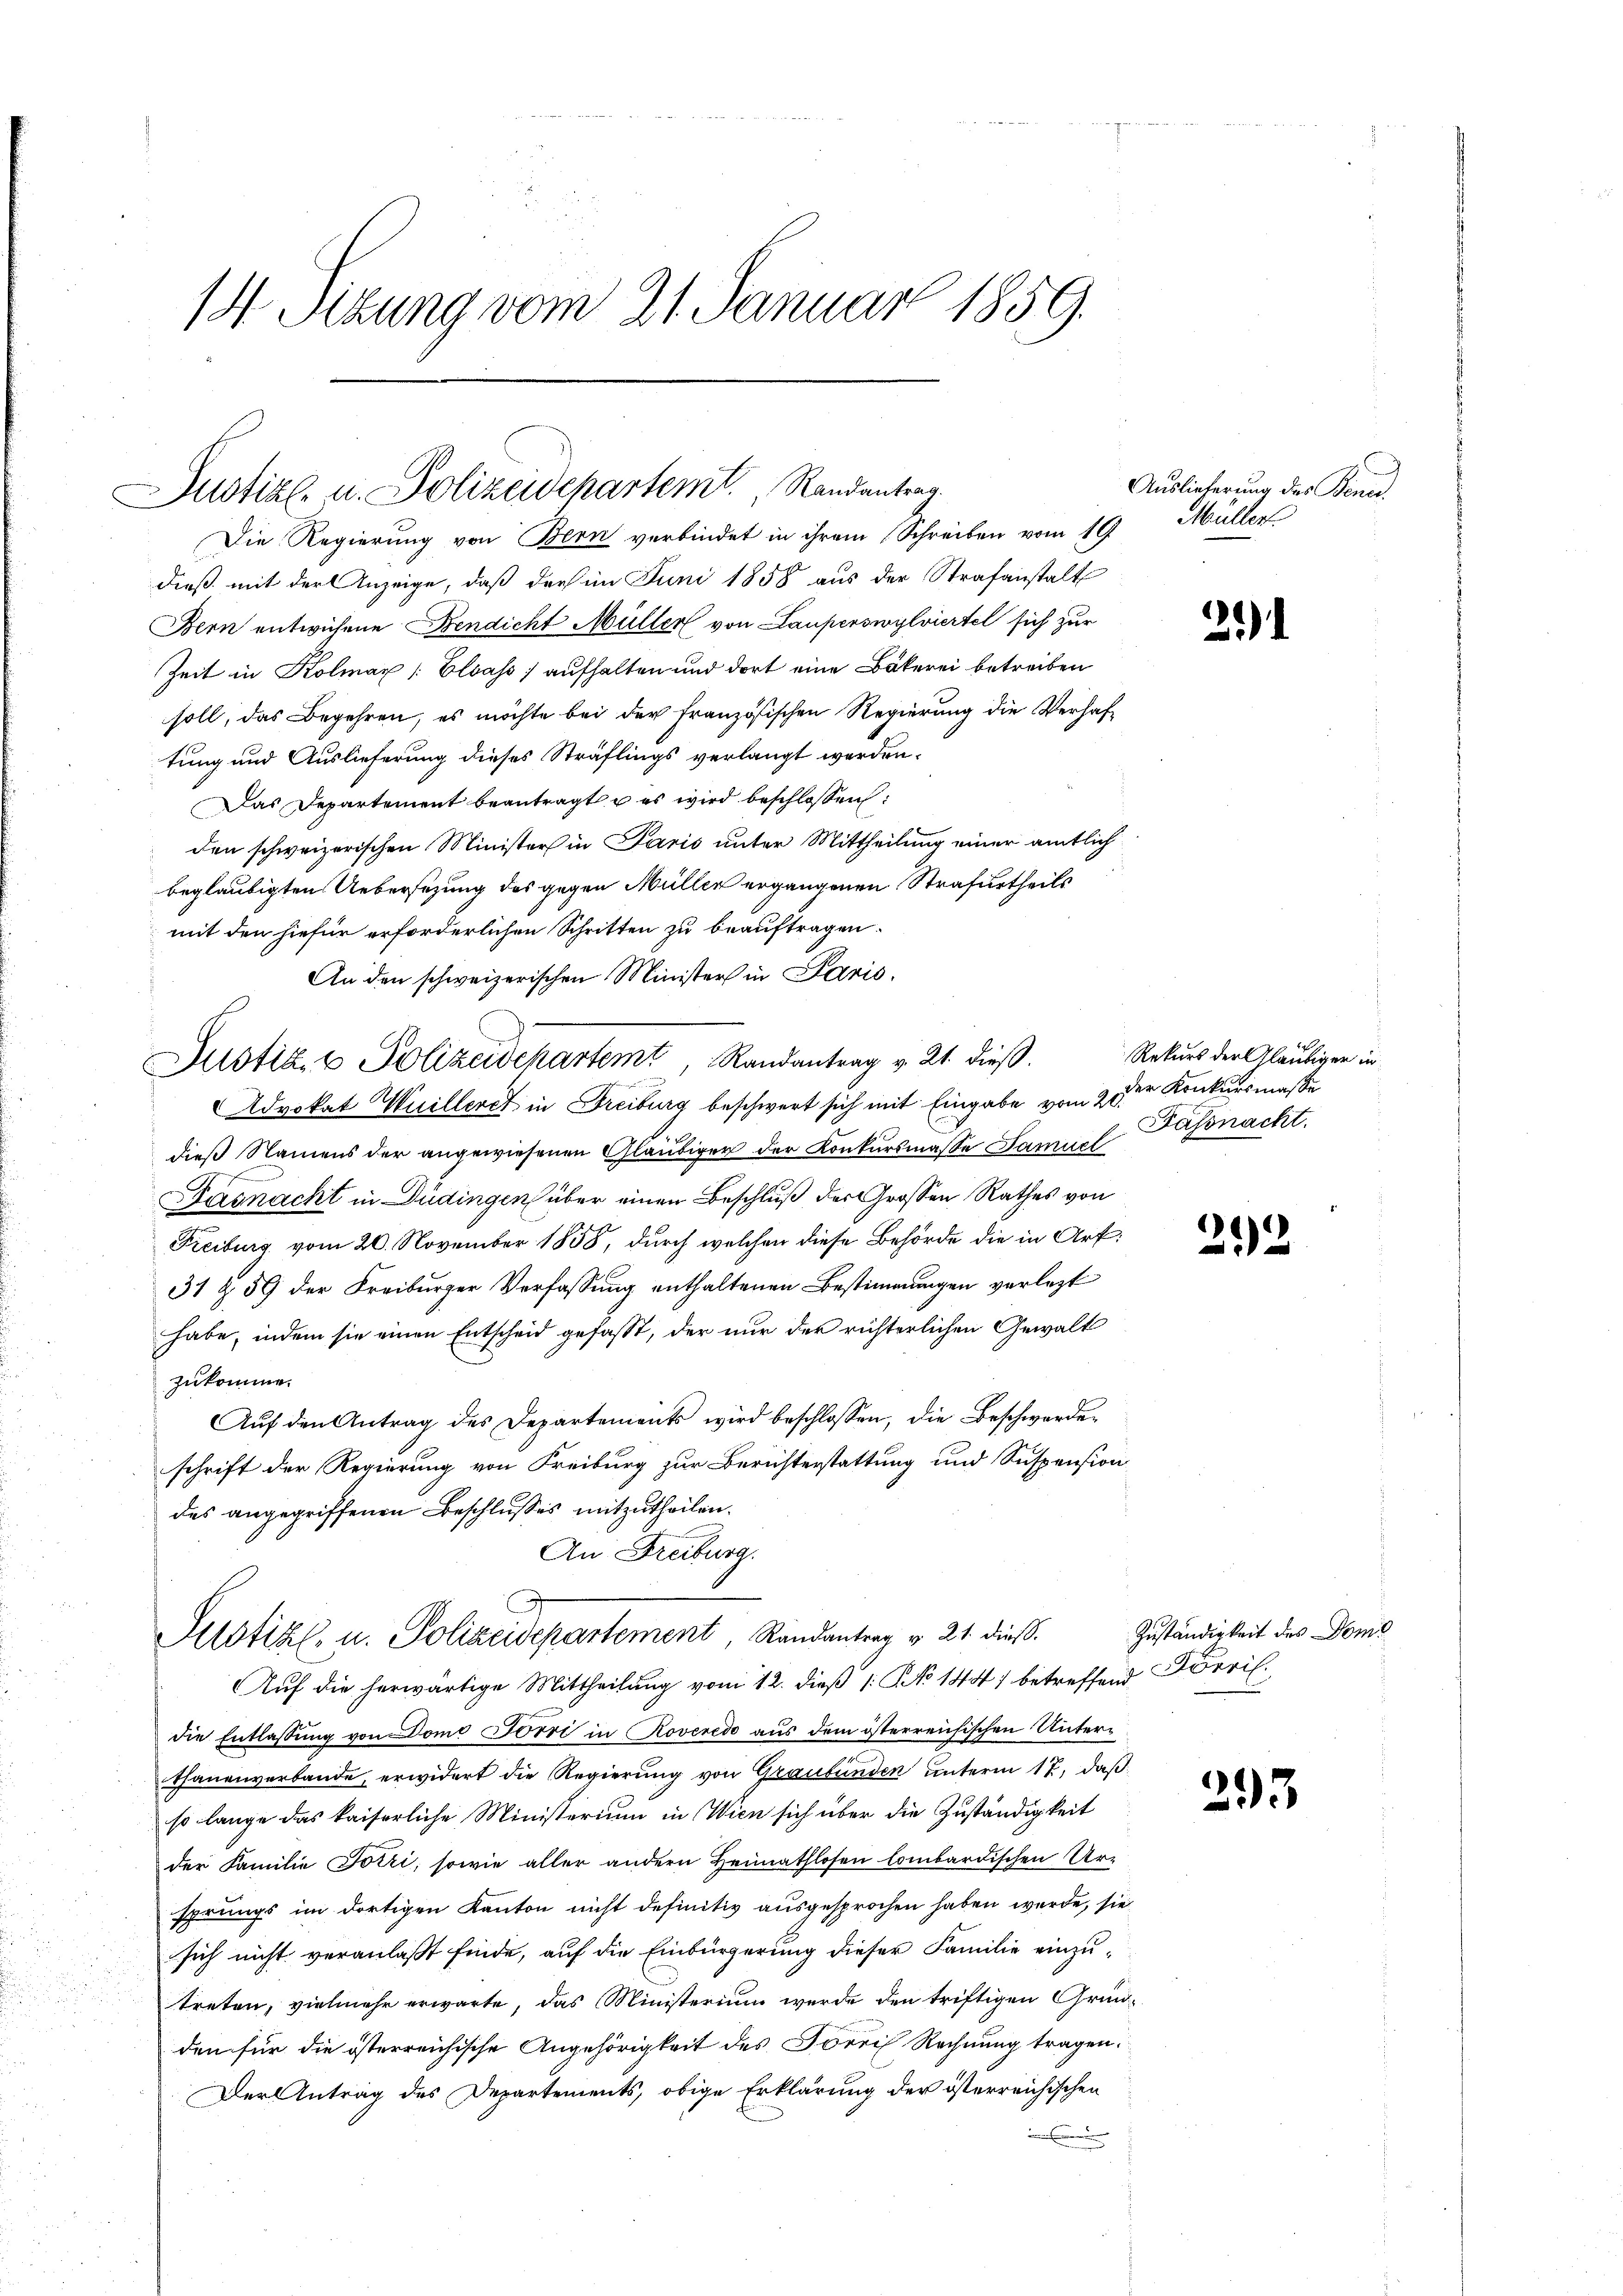
14 Sizung vom 21. Januar 1859.

Justiz- u. Polizeidchartem Randantrag.
Die Regierung von Bern verbindet in ihrem Schreiben vom 19 Müller

dieß mit der Anzeige, daß die im Juni 1858 aus der Strafanstalt
Bern entwichene Bendicht Müller von Lauperswylviertel sich zur
Zeit in Kolmar (: Elsass aufhalten und dort eine Bäkerei betreiben
soll, das Begehren, es möchte bei der Französischen Regierung die Verhaftung und Auslieferung dieses Sträflings verlangt werden.
Das Departement beantragt u es wird beschlossen:
den schweizerischen Minister in Paris unter Mittheilung einer amtlich
beglaubigten Uebersezung des gegen Müller ergangenen Strafurtheils
mit den hiefür erforderlichen Schritten zu beauftragen.
An den schweizerischen Minister in Paris.
Justiz & Polizeidchartemt, Randantrag v. 21. dieß. Rekurs der Gläubigen in
Advokat Wuilleret in Freiburg beschwert sich mit Eingabe vom 9 der Konkursmaß
dieß Namens der angewiesenen Gläubiger der Konkursmasse Samuel
Dagnacht in Düdingen über einen Beschluß der Grossen Rathes von
Freiburg vom 20. November 1858, durch welchen diese Behörde die in Art:
31 § 59 der Freiburger Verfassung enthaltenen Bestimmungen verlezt
habe, indem sie einen Entscheid gefasst, der nur der richterlichen Gewalt
zukomme.
Aŭf den Antrag des Departements wird beschlossen, die Beschwerden
schrift der Regierung von Freiburg zur Berichterstattung und Suspension
des angegriffenen Beschlusses mitzutheilen.
An Freiburg.
Justiz- u. Polizeidepartement, Randantrag v. 21. dieß.
Auf die herwärtige Mittheilung vom 12. dieß 1: No 1447 betreffend Förril.
die Entlassung von Dome Förri in Roveredo aus dem österreichischen Unterthanenverbande, erwidert die Regierung von Graubünden unterm 17. daß
so lange das kaiserliche Ministerium in Wien sich über die Zuständigkeit
der Familie Torri, sowie aller andern Heimathlosen lombardischen Ur-
sprungs im dortigen Kanton nicht definitiv ausgesprochen haben werde, sie
sich nicht veranlaßt finde, auf die Einbürgerung dieser Familie einzutreten, vielmehr erwarte, das Ministerium wurde den triftigen Gründen für die österreichische Angehörigkeit des Förri Rechnung tragen.
Der Antrag des Departements, obige Erklärung der österreichischen
e

Auslieferung des Bened

2)

Fassnacht.

292

Zuständigkeit des Domi

393